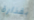
بقذارة